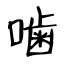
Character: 噛